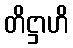
တိဋ္ဌာဟိ